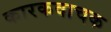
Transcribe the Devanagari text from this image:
कारकवाचक